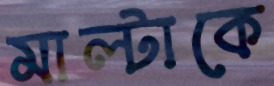
মাল্টাকে